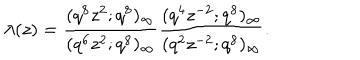
\lambda ( z ) = \frac { ( q ^ { 8 } z ^ { 2 } ; q ^ { 8 } ) _ { \infty } } { ( q ^ { 6 } z ^ { 2 } ; q ^ { 8 } ) _ { \infty } } \frac { ( q ^ { 4 } z ^ { - 2 } ; q ^ { 8 } ) _ { \infty } } { ( q ^ { 2 } z ^ { - 2 } ; q ^ { 8 } ) _ { \infty } } .